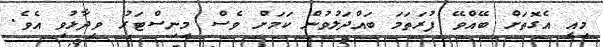
މިއީ އެގޮތަށް ބޭއްވޭ ފުރަތަމަ ބައްދަލުވުން ކަމަށް ވެސް މިނިސްޓަރު ވިދާޅުވި އެވެ.